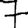
Digit: 7